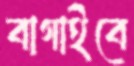
বাগাইবে